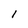
Character: 1